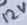
Text: 12V